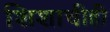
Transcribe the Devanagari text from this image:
शिशाचीही